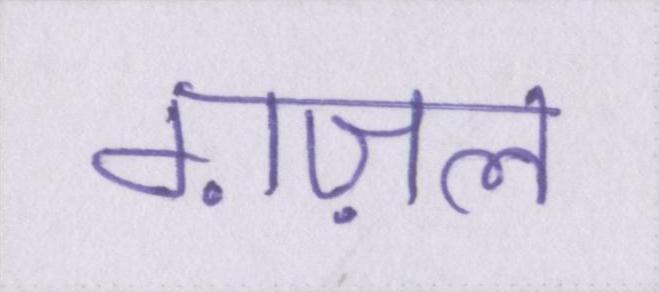
ग़ज़ल